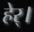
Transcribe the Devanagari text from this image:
हेर्।